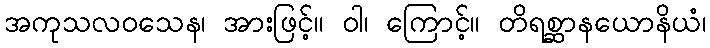
အကုသလဝသေန၊ အားဖြင့်။ ဝါ၊ ကြောင့်။ တိရစ္ဆာနယောနိယံ၊